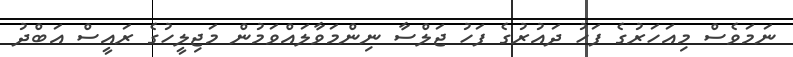
ނަމަވެސް މިއަހަރުގެ ފަހު ދައުރުގެ ފަހު ޖަލްސާ ނިންމަވާލައްވަމުން މަޖިލީހުގެ ރައީސް އަބްދު